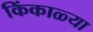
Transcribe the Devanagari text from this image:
किंकाळ्या